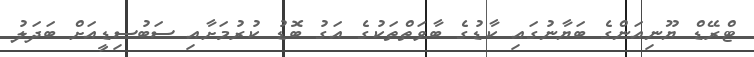
ޓްރޭޑް ޔޫނިއަންގެ ބަޔާނުގައި ކާޑުގެ ބާވަތްތަކުގެ އަގު ބޮޑު ކުރުމަށާއި ސަބުސިޑީއަށް ބަދަލު